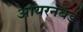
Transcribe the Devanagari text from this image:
आयरनबर्ड